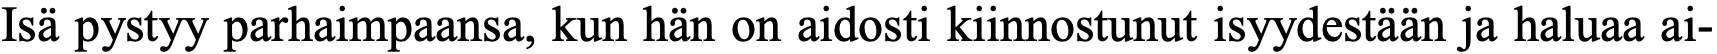
Isä pystyy parhaimpaansa, kun hän on aidosti kiinnostunut isyydestään ja haluaa ai-